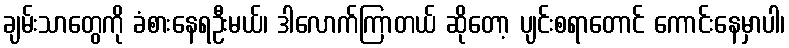
ချမ်းသာတွေကို ခံစားနေရဦးမယ်၊ ဒါလောက်ကြာတယ် ဆိုတော့ ပျင်းစရာတောင် ကောင်းနေမှာပါ၊